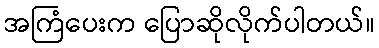
အကြံပေးက ပြောဆိုလိုက်ပါတယ်။